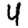
Digit: 4